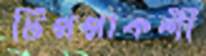
টিপপাকশী